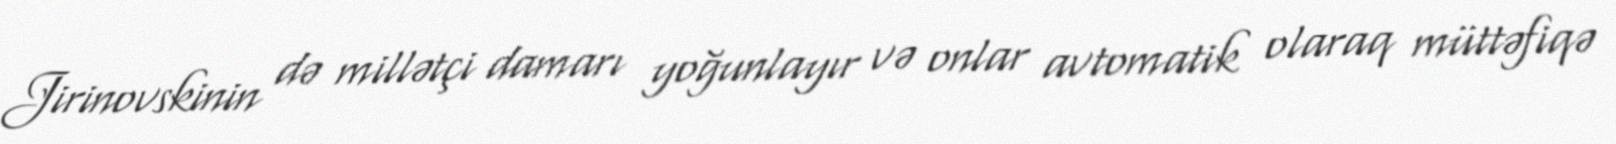
Jirinovskinin də millətçi damarı yoğunlayır və onlar avtomatik olaraq müttəfiqə